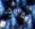
تقود